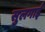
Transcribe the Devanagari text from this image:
सुलगाई